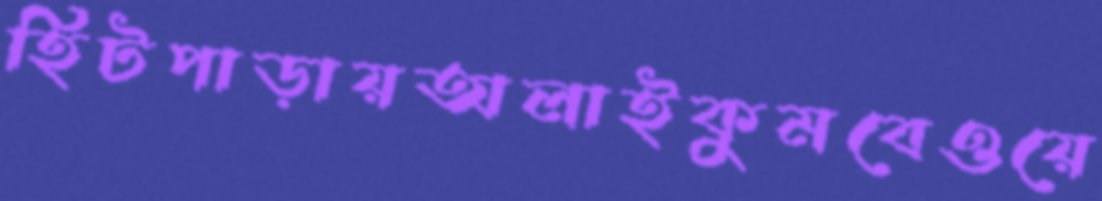
হিটপাড়ায়অলাইকুমবেওয়ে